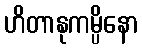
ဟိတာနုကမ္ပိနော